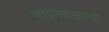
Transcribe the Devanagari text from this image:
भाट्टमतानुयायी